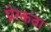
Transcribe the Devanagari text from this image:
प्रेरकता